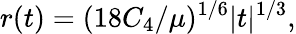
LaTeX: r(t)=(18C_{4}/\mu)^{1/6}|t|^{1/3},